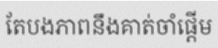
តែបងភាពនឹងគាត់ចាំផ្តើម